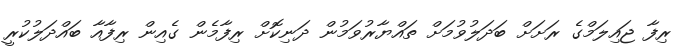
ރިފާ ޖައިލަމްގެ ރަށަށް ބަދަލުވުމަށް ތައްޔާރުވަމުން ދަނިކޮށް ރިފާމެން ގެއިން ރިފާއާ ބައްދަލުކުރީ